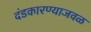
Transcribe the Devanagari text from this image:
दंडकारण्याजवळ